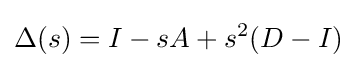
\Delta (s)=I-sA+s^{2}(D-I)